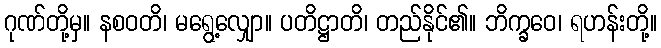
ဂုဏ်တို့မှ။ နစဝတိ၊ မရွေ့လျှော။ ပတိဋ္ဌာတိ၊ တည်နိုင်၏။ ဘိက္ခဝေ၊ ရဟန်းတို့။